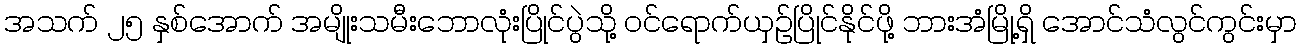
အသက် ၂၅ နှစ်အောက် အမျိုးသမီးဘောလုံးပြိုင်ပွဲသို့ ဝင်ရောက်ယှဉ်ပြိုင်နိုင်ဖို့ ဘားအံမြို့ရှိ အောင်သံလွင်ကွင်းမှာ